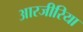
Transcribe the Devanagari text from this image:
आरजीरिया